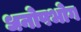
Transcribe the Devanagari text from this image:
धनोपभोग